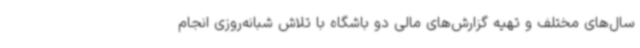
سال‌های مختلف و تهیه گزارش‌های مالی دو باشگاه با تلاش شبانه‌روزی انجام